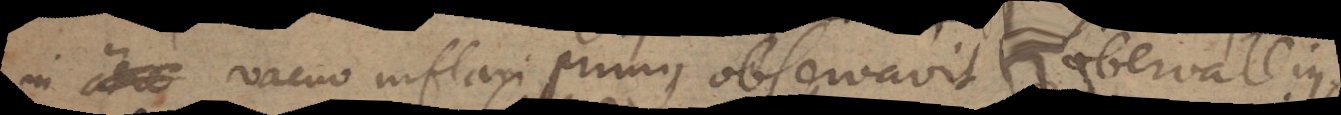
in aere vacuo inflari primus observavit Robervallius.